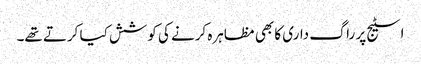
اسٹیج پر راگ داری کا بھی مظاہرہ کرنے کی کوشش کیا کرتے تھے۔